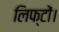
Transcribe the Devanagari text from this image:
लिफ्टों।